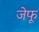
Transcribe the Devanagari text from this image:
जेफू